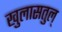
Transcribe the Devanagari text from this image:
खुलासतुल्